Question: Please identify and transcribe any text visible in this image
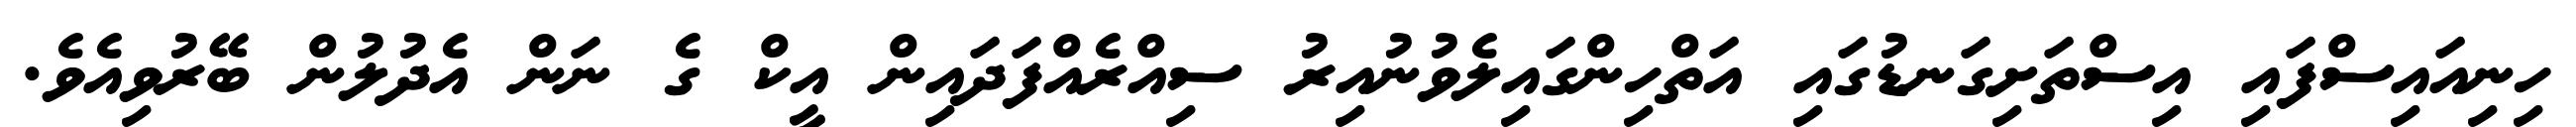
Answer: ހިނިއައިސްފައި އިސްތަށިގަނޑުގައި އަތްހިންގައިލެވުނުއިރު ސިއްރެއްފަދައިން އީކް ގެ ނަން އެދުލުން ބޭރުވިއެވެ.